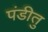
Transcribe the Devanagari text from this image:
पंडीतु